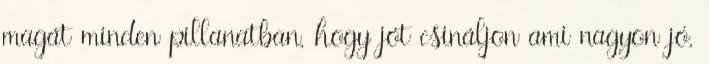
magát minden pillanatban, hogy jót csináljon ami nagyon jó,